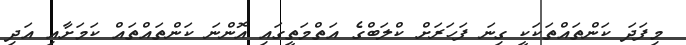
މިފަދަ ކަންތައްތަކަކީ ގިނަ ފަހަރަށް ކްލަބްގެ އަތްމަތީގައި އޮންނަ ކަންތައްތައް ކަމަށާއި އަދި